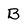
Character: B